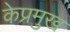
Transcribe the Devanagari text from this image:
केप्रमुख